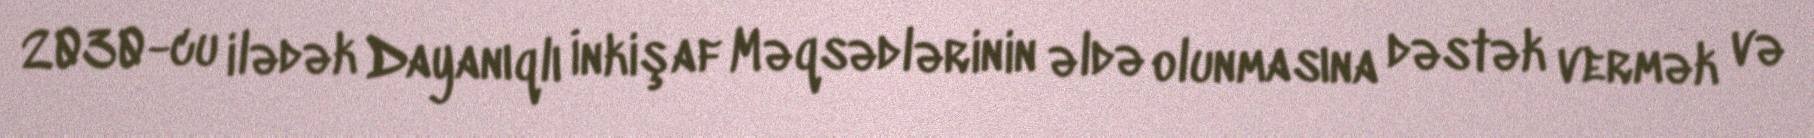
2030-cu ilədək Dayanıqlı İnkişaf Məqsədlərinin əldə olunmasına dəstək vermək və